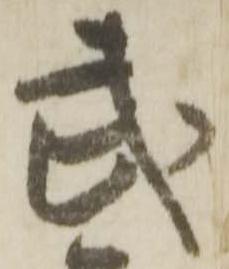
武